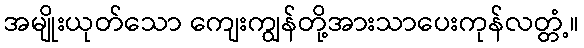
အမျိုးယုတ်သော ကျေးကျွန်တို့အားသာပေးကုန်လတ္တံ့။